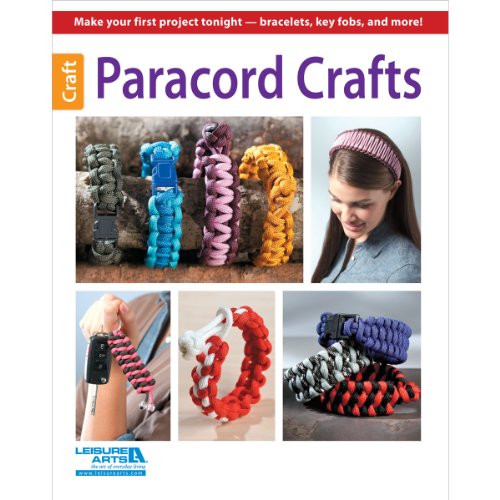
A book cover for Paracord Crafts; Leisure Arts; Crafts, Hobbies & Home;